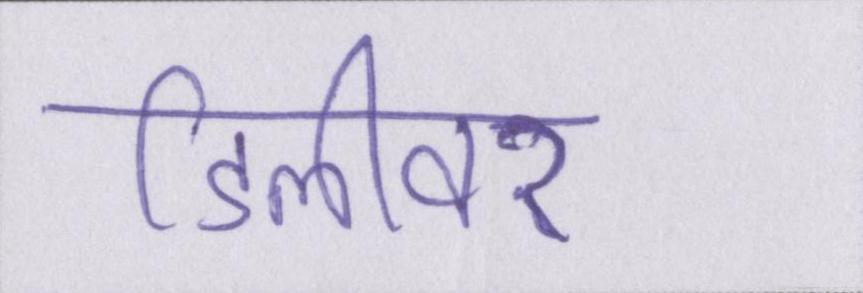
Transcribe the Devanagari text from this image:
डिलीवर